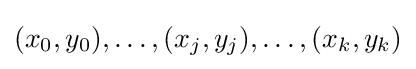
(x_{0},y_{0}),\ldots ,(x_{j},y_{j}),\ldots ,(x_{k},y_{k})